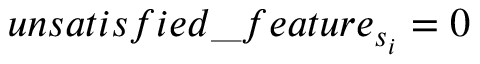
u n s a t i s f i e d \_ f e a t u r e _ { s _ { i } } = 0